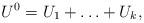
LaTeX: \begin{align*}U^0 = U_1+\ldots+U_k,\end{align*}